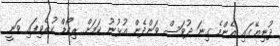
ދުނިޔޭގައި އެންމެ ގިނަ ދުވަސް ވަންދެން އުޅުނު ކަމަށް ރިކޯޑް ކުރެވިފައި ވަނީ